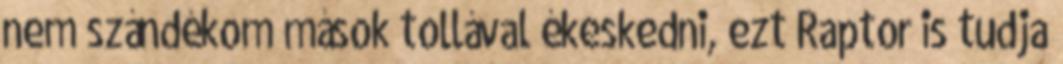
nem szándékom mások tollával ékeskedni, ezt Raptor is tudja